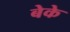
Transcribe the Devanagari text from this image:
बेके